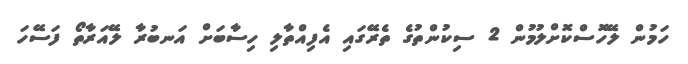
ހަމުން ލޭހޮސްކޮށްލުމުން 2 ސިކުންތުގެ ތެރޭގައި އެފިއްތާލި ހިސާބަށް އަނބުރާ ލޭއަރާތޯ ފަސޭހަ